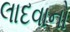
લાદવાનો